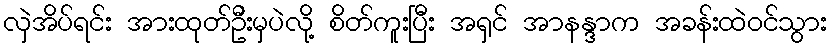
လှဲအိပ်ရင်း အားထုတ်ဦးမှပဲလို့ စိတ်ကူးပြီး အရှင် အာနန္ဒာက အခန်းထဲဝင်သွား